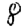
Digit: 8